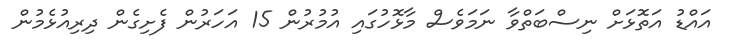
އައްޑު އަތޮޅަށް ނިސްބަތްވާ ނަމަވެސް މާޅޮހުގައި އުމުރުން 15 އަހަރުން ފެށިގެން ދިރިއުޅެމުން